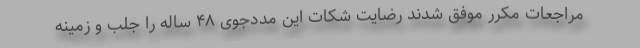
مراجعات مکرر موفق شدند رضایت شکات این مددجوی ۴۸ ساله را جلب و زمینه